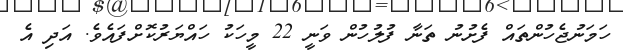
ހަމަނުޖެހުންތައް ފެށުނު ތަނާ ފުލުހުން ވަނީ 22 މީހަކު ހައްޔަރުކޮށްފައެވެ. އަދި އެ